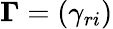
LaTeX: {\boldsymbol{\Gamma}}=(\gamma_{ri})